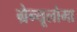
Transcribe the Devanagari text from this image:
ग्रेन्यूलोमा